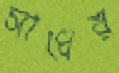
সাধের